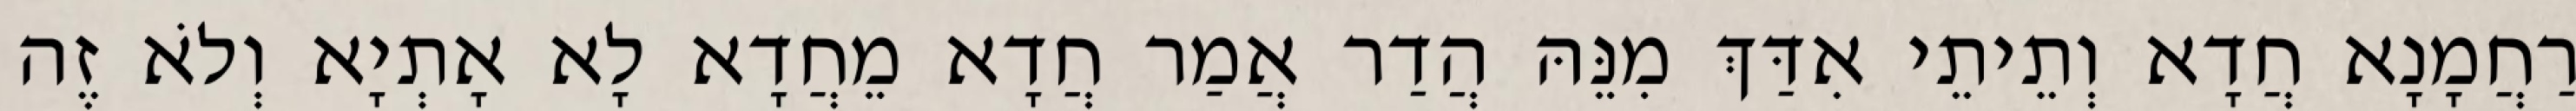
רַחֲמָנָא חֲדָא וְתֵיתֵי אִדַּךְ מִנֵּהּ הֲדַר אֲמַר חֲדָא מֵחֲדָא לָא אָתְיָא וְלֹא זֶה